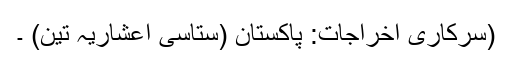
(سرکاری اخراجات: پاکستان (ستاسی اعشاریہ تین) ۔